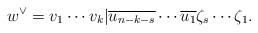
LaTeX: \begin{align*}w^\vee=v_1\cdots v_k|\overline{u_{n-k-s}}\cdots\overline{u_1}\zeta_s\cdots \zeta_{1}.\end{align*}